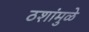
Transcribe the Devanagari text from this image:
ठशांमुळे